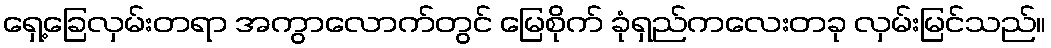
ရှေ့ခြေလှမ်းတရာ အကွာလောက်တွင် မြေစိုက် ခုံရှည်ကလေးတခု လှမ်းမြင်သည်။